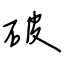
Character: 破